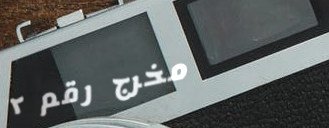
مخرج رقم ٢